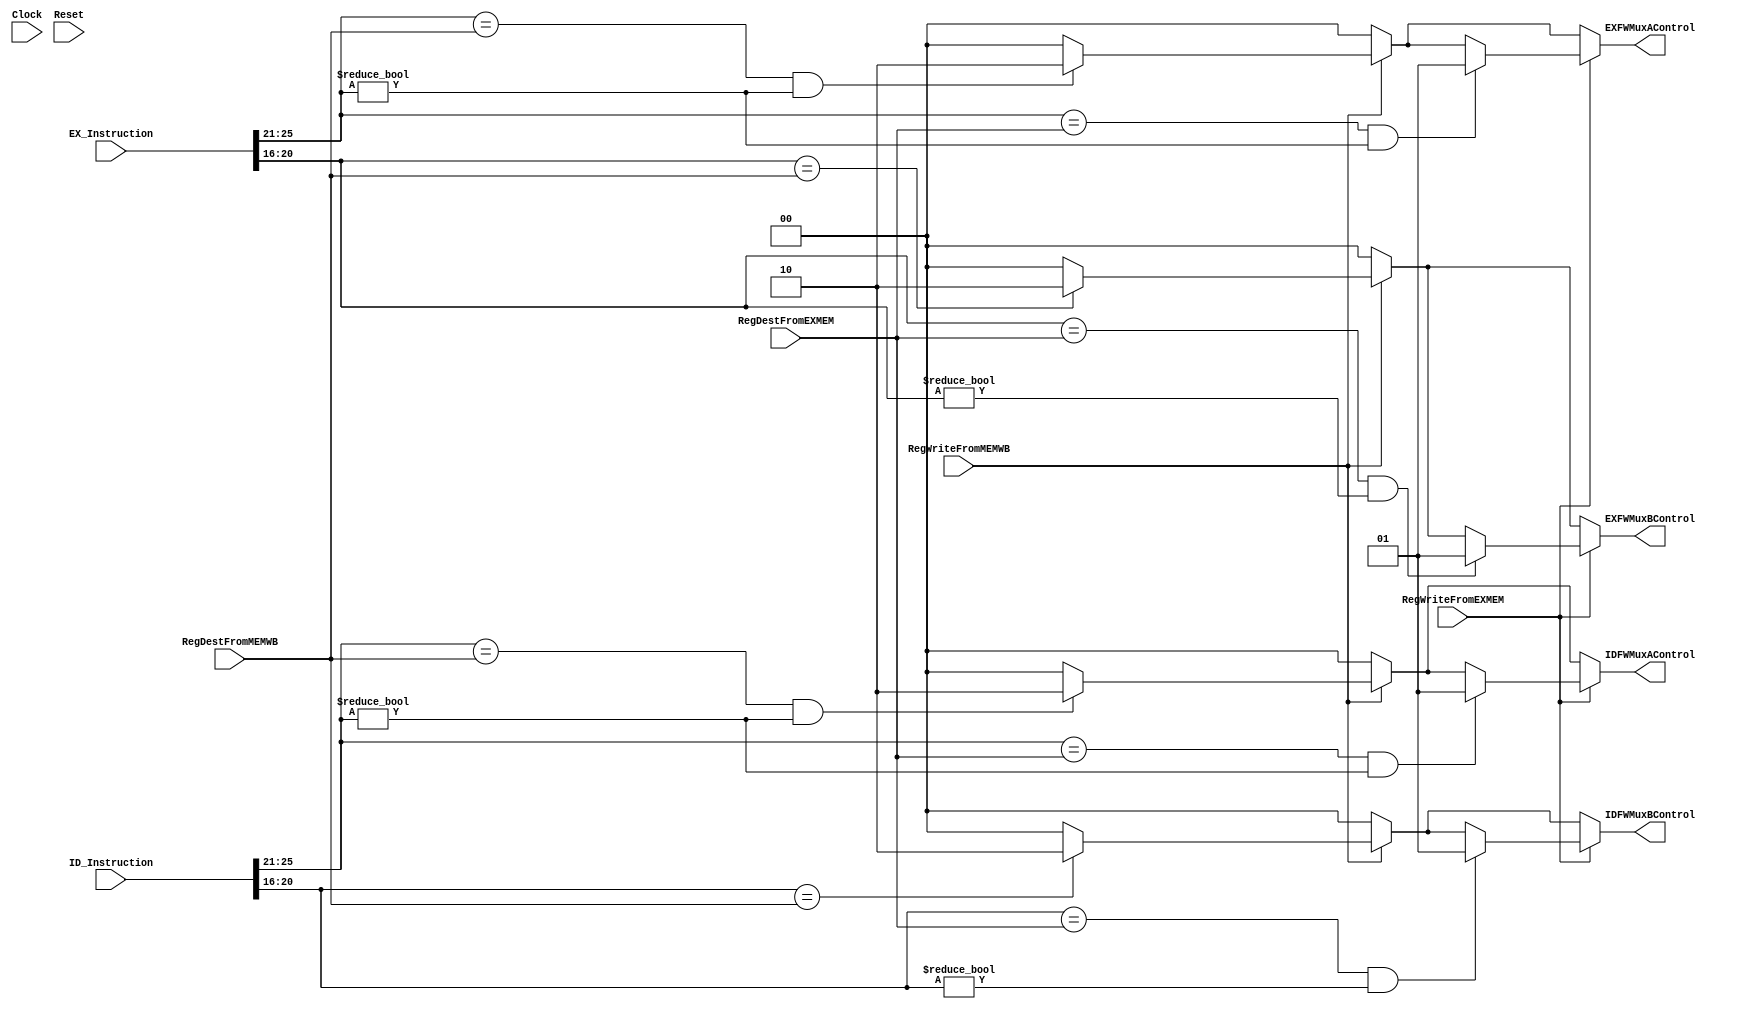
`timescale 1ns / 1ps
//////////////////////////////////////////////////////////////////////////////////
// Company: 
// Engineer: 
// 
// Design Name: 
// Module Name: Forwarder
// Project Name: 
// Target Devices: 
// Tool Versions: 
// Description: 
// 
// Dependencies: 
// 
// Revision:
// Revision 0.01 - File Created
// Additional Comments:
// 
//////////////////////////////////////////////////////////////////////////////////

module Forwarder(
    Clock,
    Reset,
    // Control Input(s)
    RegWriteFromEXMEM, RegWriteFromMEMWB,
    // Data Input(s)
    EX_Instruction, ID_Instruction, RegDestFromEXMEM, RegDestFromMEMWB,
    // Control Output(s)
    EXFWMuxAControl, EXFWMuxBControl, IDFWMuxAControl, IDFWMuxBControl);
    
    input Clock, Reset, RegWriteFromEXMEM, RegWriteFromMEMWB;
    input [4:0] RegDestFromEXMEM, RegDestFromMEMWB;
    input [31:0] ID_Instruction, EX_Instruction;
    
    output reg [1:0] EXFWMuxAControl, EXFWMuxBControl, IDFWMuxAControl, IDFWMuxBControl;
    
    reg [4:0] EX_RegRS, EX_RegRT, ID_RegRS, ID_RegRT;
    
    initial begin
        EXFWMuxAControl <= 2'b00;
        EXFWMuxBControl <= 2'b00;
        IDFWMuxAControl <= 2'b00;
        IDFWMuxBControl <= 2'b00;
    end
    
    // FORWARDING MUX REFERENCE:
    // 00 = NO FORWARD
    // 01 = FORWARD MEM -> EX
    // 10 = FORWARD WB -> EX
    // 11 = FORWARD MEM_RD -> EX
    
    always @(*) begin
        //For readability
        EX_RegRS <= EX_Instruction[25:21];
        EX_RegRT <= EX_Instruction[20:16];
        ID_RegRS <= ID_Instruction[25:21];
        ID_RegRT <= ID_Instruction[20:16];
        
        EXFWMuxAControl <= 2'b00;
        EXFWMuxBControl <= 2'b00;
        IDFWMuxAControl <= 2'b00;
        IDFWMuxBControl <= 2'b00;
        
        if(RegWriteFromMEMWB) begin
            // Forwaring WB -> EX
            if(EX_RegRS == RegDestFromMEMWB && EX_RegRS != 5'b00000) EXFWMuxAControl <= 2'b10;
            if(EX_RegRT == RegDestFromMEMWB) EXFWMuxBControl <= 2'b10;
            // Forwarding WB -> ID (for Jumps and Branching)
            if(ID_RegRS == RegDestFromMEMWB && ID_RegRS != 5'b00000) IDFWMuxAControl <= 2'b10;
            if(ID_RegRT == RegDestFromMEMWB) IDFWMuxBControl <= 2'b10;
        end
        if(RegWriteFromEXMEM) begin
            // Forwarding MEM -> EX
            if(EX_RegRS == RegDestFromEXMEM && EX_RegRS != 5'b00000) EXFWMuxAControl <= 2'b01;
            if(EX_RegRT == RegDestFromEXMEM && EX_RegRT != 5'b00000) EXFWMuxBControl <= 2'b01;
            // Forwarding MEM -> ID (for Jumps and Branching)
            if(ID_RegRS == RegDestFromEXMEM && ID_RegRS != 5'b00000) IDFWMuxAControl <= 2'b01;
            if(ID_RegRT == RegDestFromEXMEM && ID_RegRT != 5'b00000) IDFWMuxBControl <= 2'b01;
        end
    end
endmodule